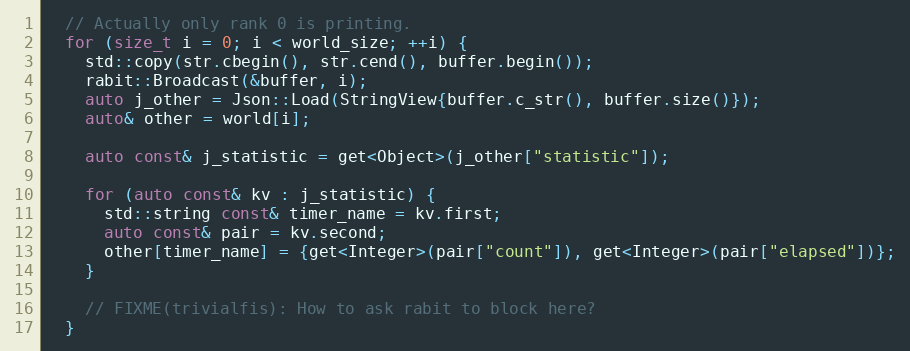
Language: C++
  // Actually only rank 0 is printing.
  for (size_t i = 0; i < world_size; ++i) {
    std::copy(str.cbegin(), str.cend(), buffer.begin());
    rabit::Broadcast(&buffer, i);
    auto j_other = Json::Load(StringView{buffer.c_str(), buffer.size()});
    auto& other = world[i];

    auto const& j_statistic = get<Object>(j_other["statistic"]);

    for (auto const& kv : j_statistic) {
      std::string const& timer_name = kv.first;
      auto const& pair = kv.second;
      other[timer_name] = {get<Integer>(pair["count"]), get<Integer>(pair["elapsed"])};
    }

    // FIXME(trivialfis): How to ask rabit to block here?
  }